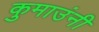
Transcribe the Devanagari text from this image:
कुमाउंनी